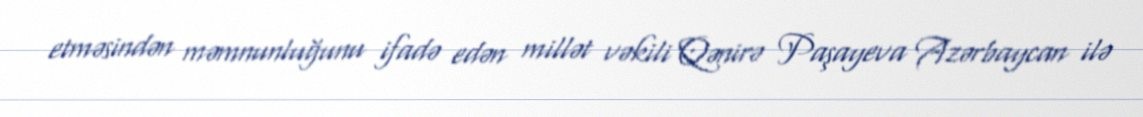
etməsindən məmnunluğunu ifadə edən millət vəkili Qənirə Paşayeva Azərbaycan ilə